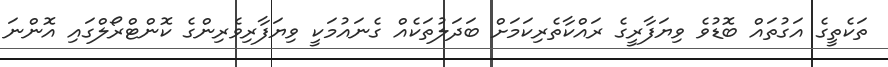
ތަކެތީގެ އަގުތައް ބޮޑުވެ ވިޔަފާރީގެ ރައްކާތެރިކަމަށް ބަދަލުތަކެއް ގެނައުމަކީ ވިޔަފާރިވެރިންގެ ކޮންޓްރޯލްގައި އޮންނަ